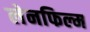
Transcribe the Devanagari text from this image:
लेनफिल्म